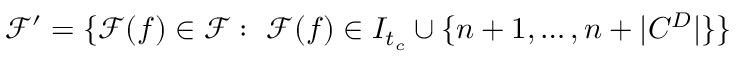
\mathcal { F } ^ { \prime } = \{ \mathcal { F } ( f ) \in \mathcal { F } : \ \mathcal { F } ( f ) \in I _ { t _ { c } } \cup \{ n + 1 , \dots , n + | C ^ { D } | \} \}